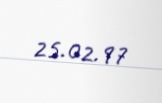
25.02.97